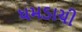
ધમડાચી